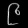
Digit: ၉